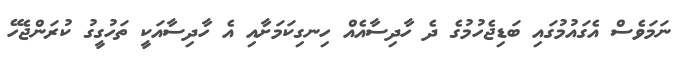
ނަމަވެސް އެގައުމުގައި ބަޑިޖެހުމުގެ ދެ ހާދިސާއެއް ހިނގިކަމަށާއި އެ ހާދިސާއަކީ ތަހުގީގު ކުރަންޖެހޭ